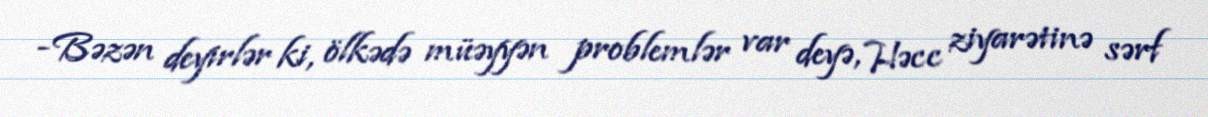
-Bəzən deyirlər ki, ölkədə müəyyən problemlər var deyə, Həcc ziyarətinə sərf